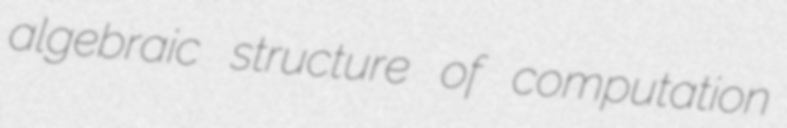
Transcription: algebraic structure of computation